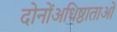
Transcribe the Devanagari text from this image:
दोनोंअधिष्ठाताओं